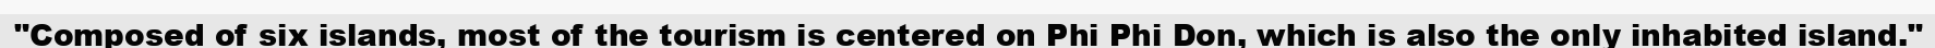
"Composed of six islands, most of the tourism is centered on Phi Phi Don, which is also the only inhabited island."